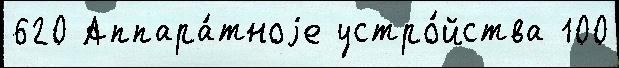
620 Аппара́тноjе устро́йства 100